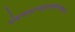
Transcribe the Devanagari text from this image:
प्रोद्दण्डकाण्डहुतभुक्छलभीकृतारे